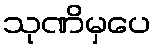
သုဏိမှပေ